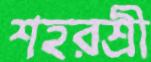
শহরশ্রী